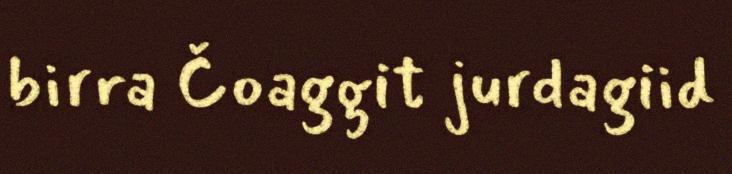
birra Čoaggit jurdagiid